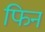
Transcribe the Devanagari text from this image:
फिन